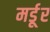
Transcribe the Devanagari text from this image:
मर्डूर